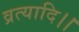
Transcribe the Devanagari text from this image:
व्रत्यादि।।